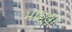
માહલી